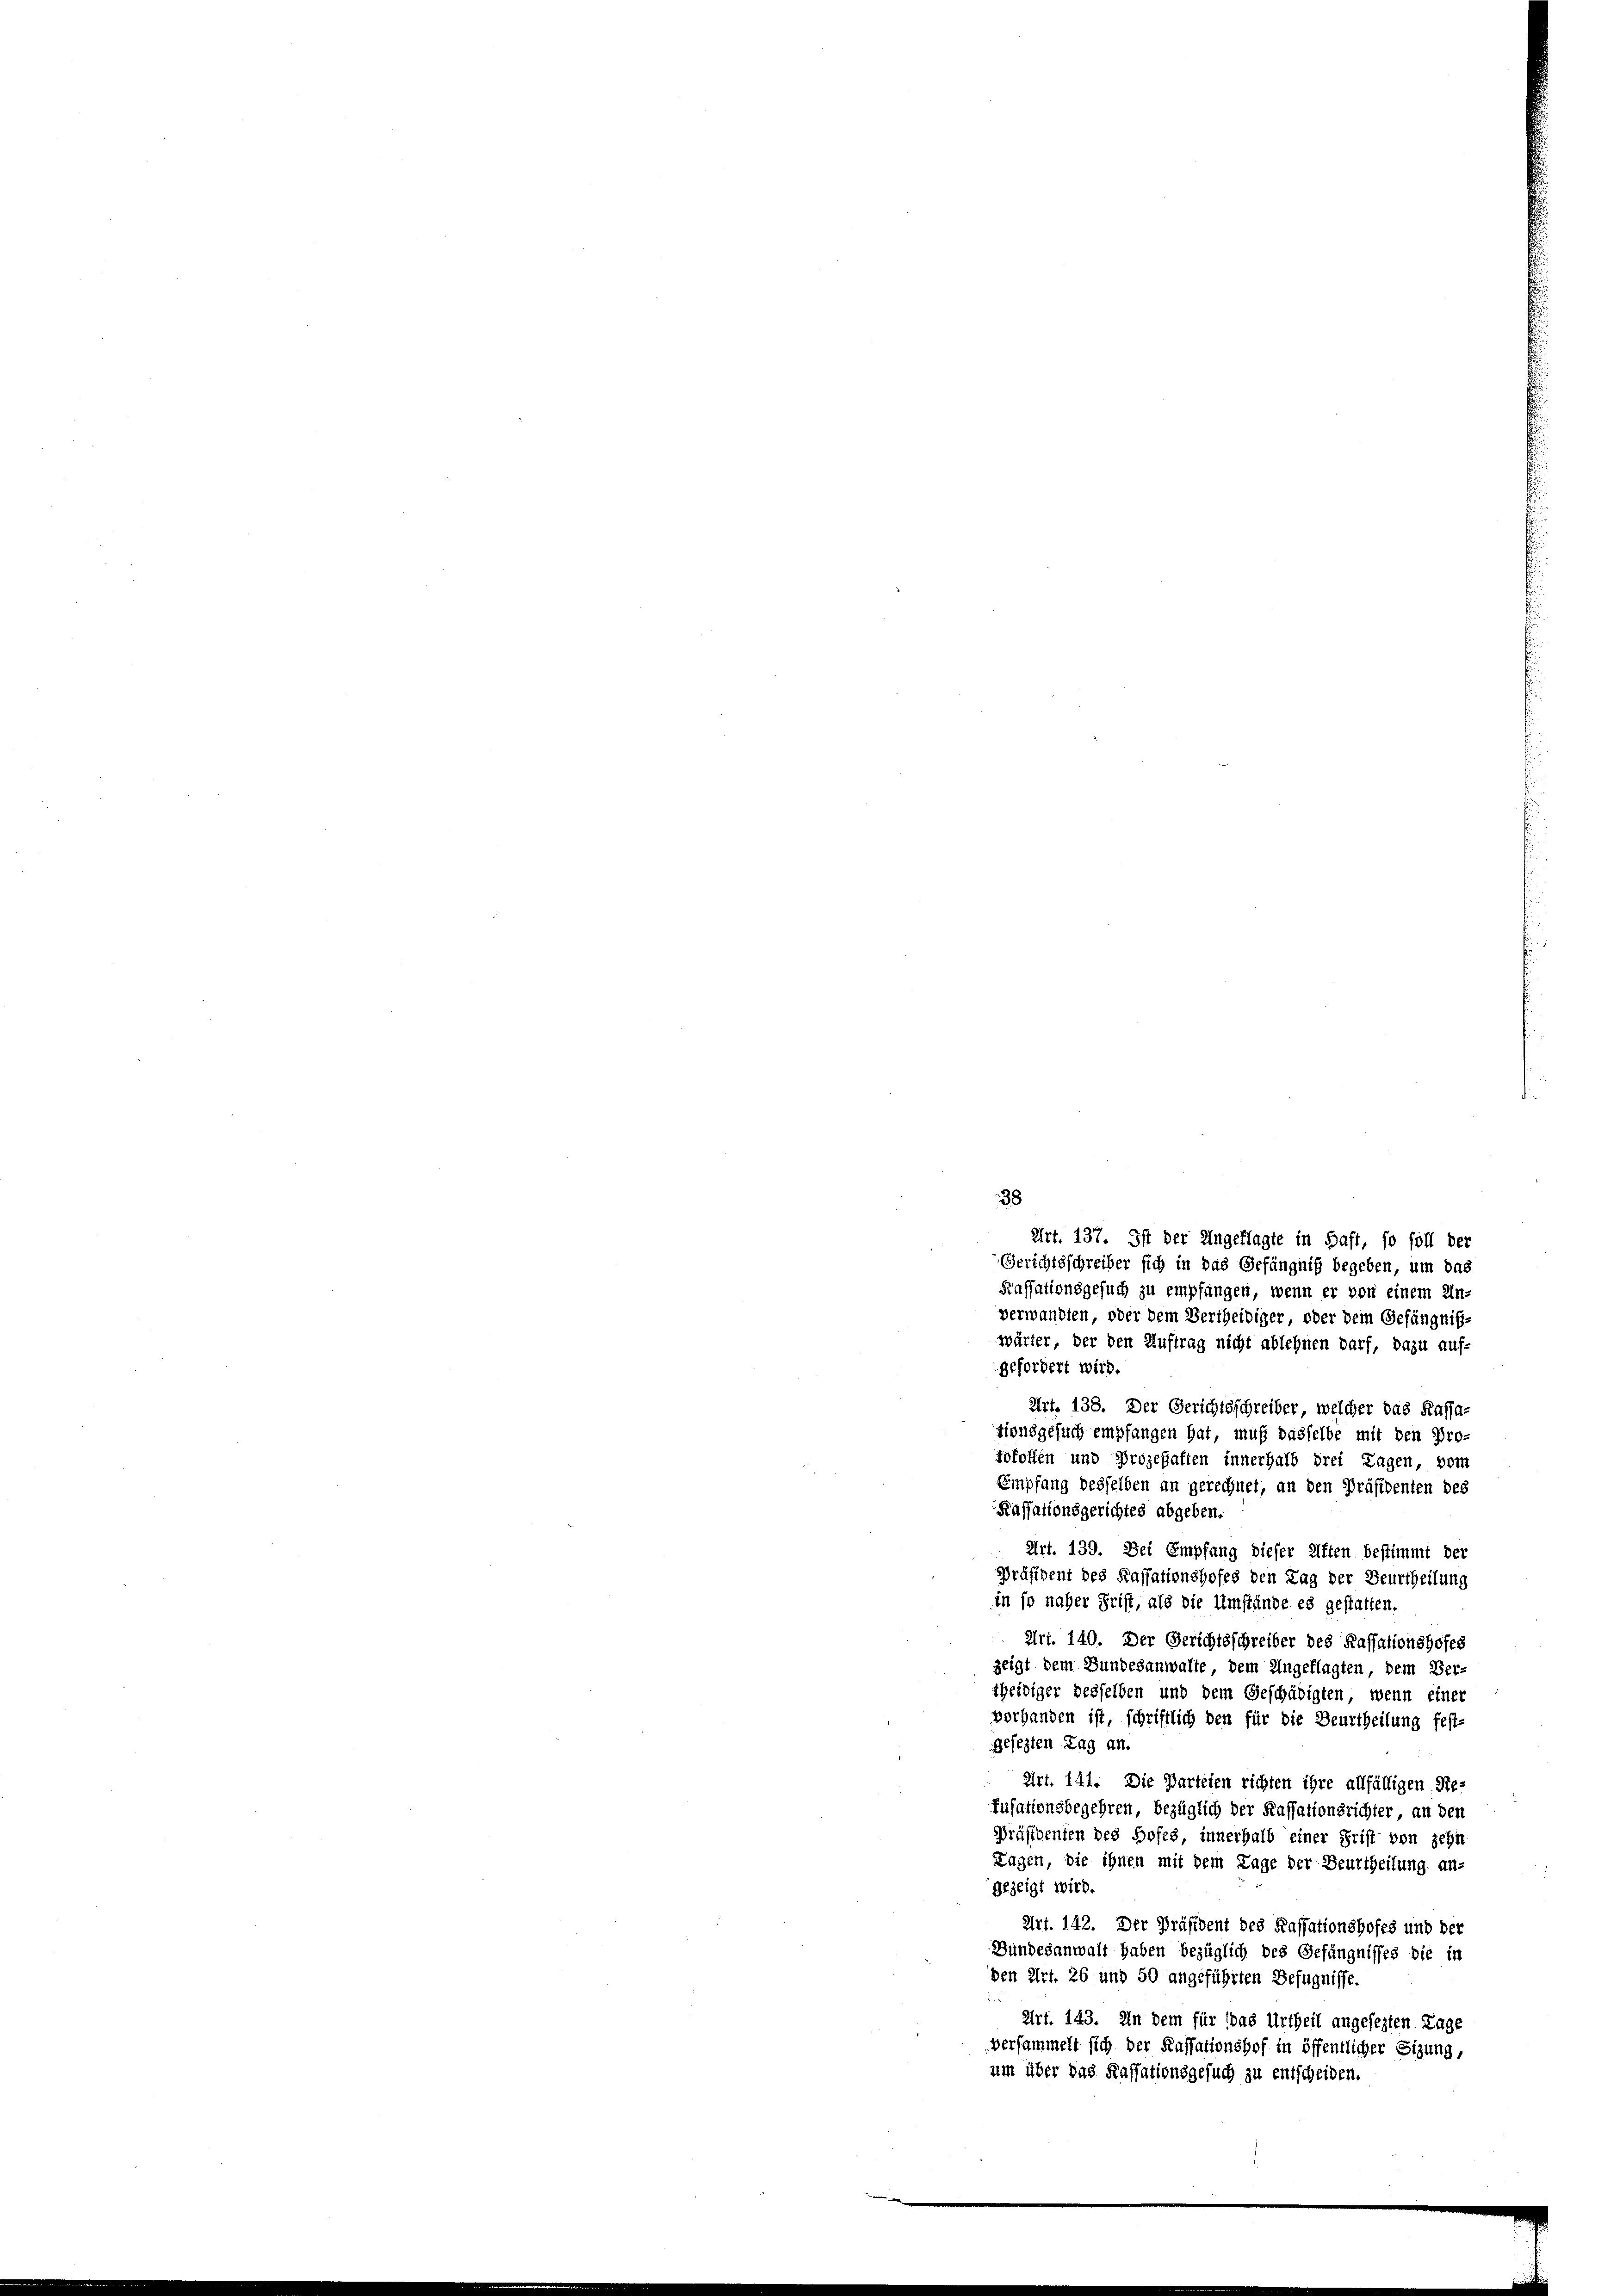
38
Art. 137. Ist der Ungeklagte in Saft, so foll der
Gerichtsschreiber sich in das Gefängniß begeben, um das
Kassationsgesuch zu empfangen, wenn er von einem Un-
verwandten, oder dem Vertheidiger oder dem Gefängniß-
wärter, der den Auftrag nicht ablehnen darf, dazu auf-
gefordert wird.
Art. 138. Der Gerichtsschreiber, welcher das Kassa-
Lionsgesuch empfangen hat, muß dasselbe mit den Pro-
Sokollen und Prozehaften innerhalb drei Tagen, vom
Empfang desselben an gerechnet, an den Präsidenten des
Kassationsgerichtes abgeben.
Art. 139. Der Empfang dieser Elften bestimmt der
Präsident des Kassationshofes den Tag der Beurtheilung
in so naher Frist, als die Umstände es gestatten.
Art. 140. Der Gerichtsschreiber des Kassationshofes
zeigt dem Bundesanwalte, dem Ungeflagten, dem Ver-
theidiger desselben und dem Geschädigten, wenn einer
vorhanden ist, schriftlich den für die Beurtheilung fest-
gesezten Tag an.
Art. 141. Die Parteien richten ihre allfälligen Re-
Zusationsbegehren, bezüglich der Kassationsrichter, an den
Präsidenten des Hofes innerhalb einer Frist von zehn
Tagen, die ihnen mit dem Tage der Beurtheilung an-
gezeigt wird.
Art. 142. Der Präsident des Kassationshofes und der
Bundesanwalt haben bezüglich des Gefängnisses die in
den Art. 26 und 50 angeführten Befugnisse.
Art. 143. In dem für das Urtheil angesezten Lage
versammelt sich der Kassationshof in öffentlicher Sitzung,
um über das Kassationsgesuch zu entscheiden.